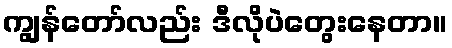
ကျွန်တော်လည်း ဒီလိုပဲတွေးနေတာ။